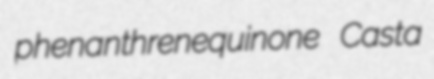
phenanthrenequinone Casta